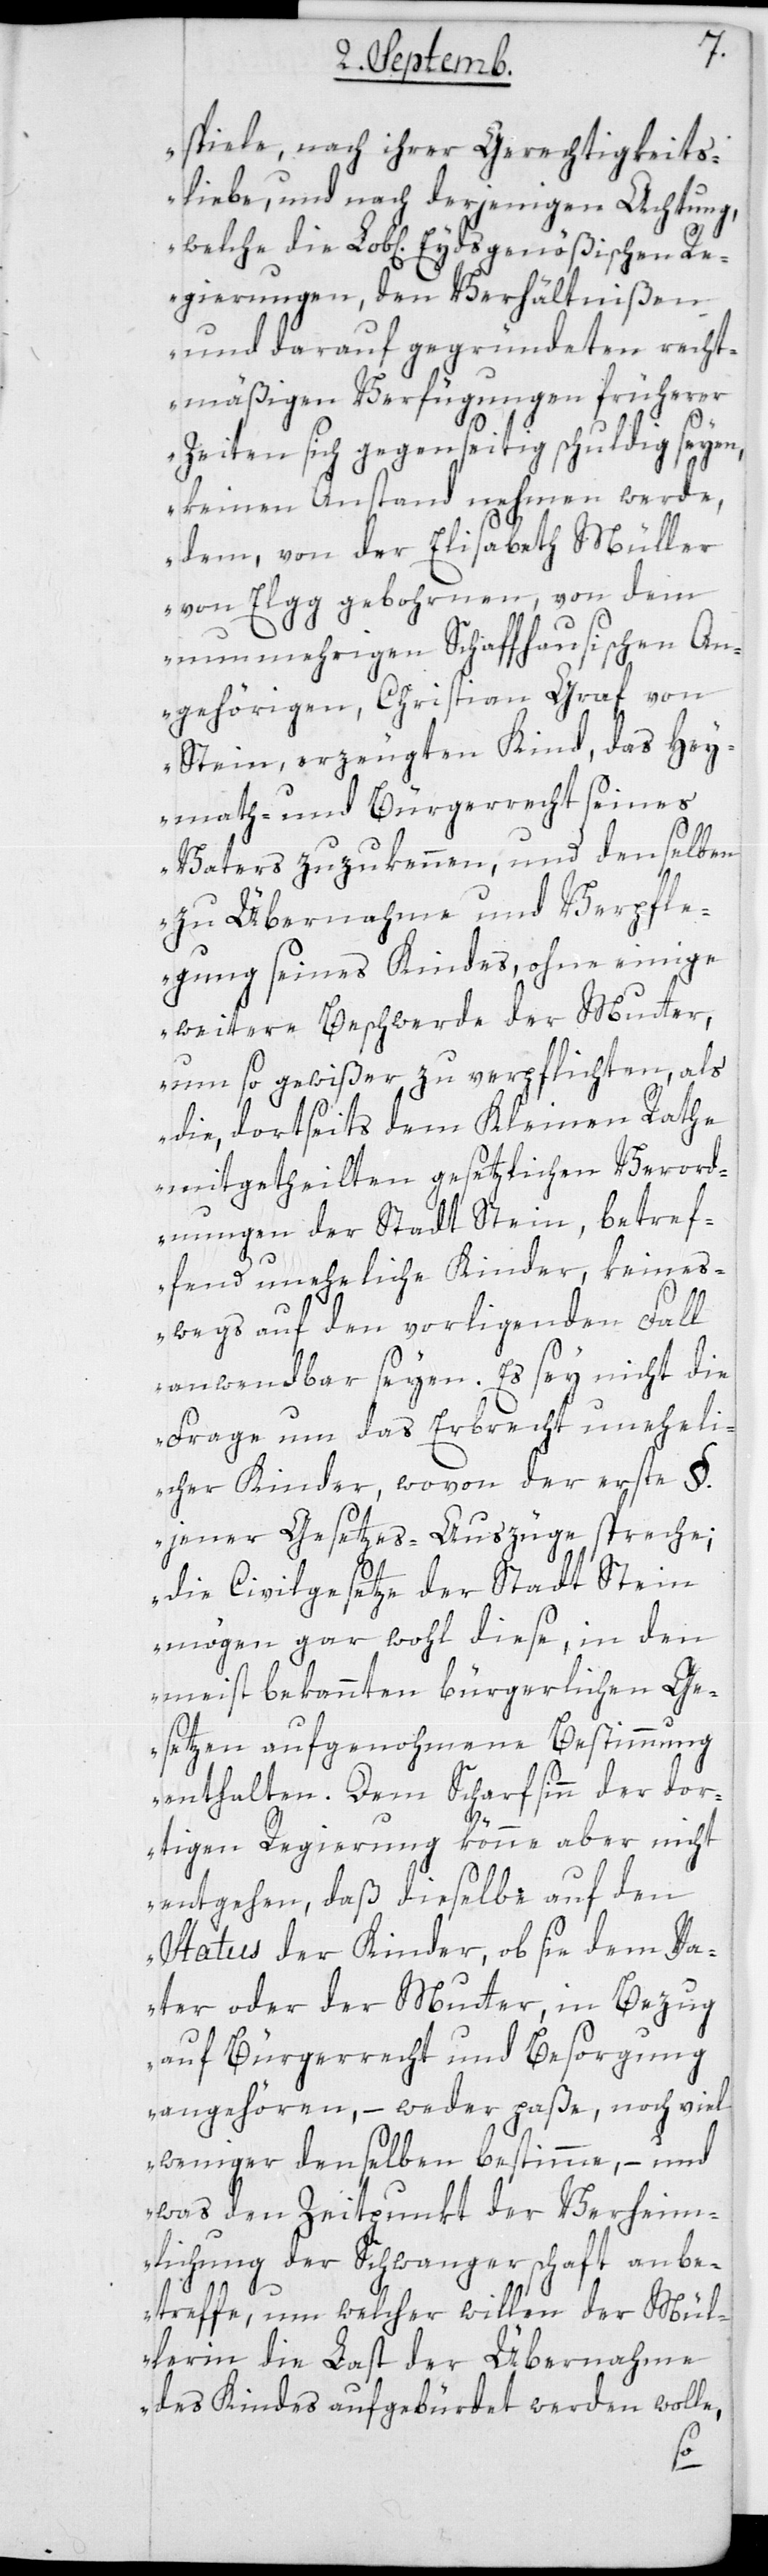
spiele, nach ihrer Gerechtigkeits¬
liebe, und nach derjenigen Achtung,
welche die Lob[lichen] Eydsgenößischen R¬
egierungen, den Verhältnißen
und darauf gegründeten recht¬
mäßigen Verfügungen früherer
Zeiten sich gegenseitig schuldig seyen,
keinen Anstand nehmen werde,
dem von der Elisabeth Müller
von Elgg gebohrnen, von dem
nunmehrigen Schaffhausischen An¬
gehörigen, Christian Graf von
Stein, erzeugten Kind, das Hey¬
math- und Bürgerrecht seines
Vaters zuzukennen, und denselben
zu Übernahme und Verpfle¬
gung seines Kindes, ohne einige
weitere Beschwerde der Mutter,
um so gewißer zu verpflichten, als
die, dortseits dem Kleinen Rathe
mitgetheilten gesetzlichen Verord¬
nungen der Stadt Stein, betref¬
fend uneheliche Kinder, keines¬
wegs auf den vorliegenden Fall
anwendbar seyen. Es sey nicht die
Frage, um das Erbrecht uneheli¬
cher Kinder, wovon der erste §.
jener Gesetzes-Auszüge, spreche;
die Civilgesetze der Stadt Stein
mögen gar wohl diese, in den
meist bekannten bürgerlichen Ge¬
setzen aufgenohmene Bestimmung
enthalten. Dem Scharfsinn der dor¬
tigen Regierung könne aber nicht
entgehen, daß dieselbe auf den
Status der Kinder, ob sie dem Va¬
ter oder der Mutter, in Bezug
auf Bürgerrecht und Besorgung
angehören, – weder paße, noch viel
weniger denselben bestimme, – und
was den Zeitpunkt der Verheim¬
lichung der Schwangerschaft anbe¬
treffe, um welchen willen der Mül¬
lerin die Last der Übernahme
des Kindes aufgebürdet werden wolle,